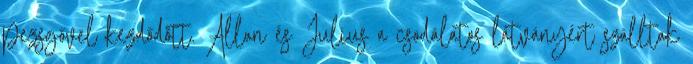
pezsgővel kezdődött. Allan és Julius a csodálatos látványért szálltak